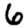
Digit: 6